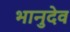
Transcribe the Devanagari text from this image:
भानुदेव